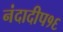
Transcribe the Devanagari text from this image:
नंदादीप१६